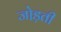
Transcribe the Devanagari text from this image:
जो़ड़ती